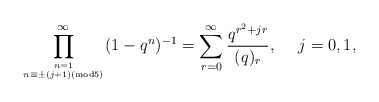
\begin{align*}\displaystyle\prod_{n=1 \atop n \equiv \pm (j+1) ({\rm mod }5)}^{\infty}(1-q^n )^{-1}=\displaystyle\sum_{r=0}^{\infty} \frac{q^{r^2 +jr}}{(q)_r}, ~~~~j=0, 1,\end{align*}